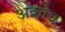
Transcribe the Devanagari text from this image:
अर्काय